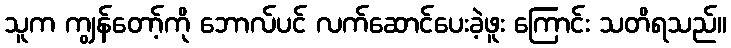
သူက ကျွန်တော့်ကို ဘောလ်ပင် လက်ဆောင်ပေးခဲ့ဖူး ကြောင်း သတိရသည်။